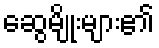
ဆွေမျိုးများ၏